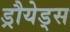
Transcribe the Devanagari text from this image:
ड्रौयेड्स